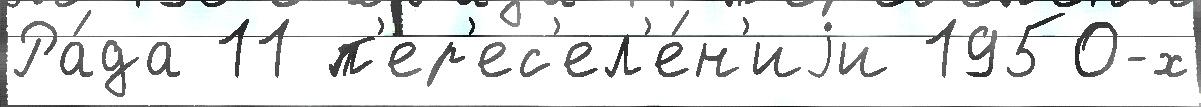
Ра́да 11 п'ер'ес'ел'е́н'иjи 1950-х